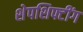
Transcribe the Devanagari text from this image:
शेपशिफ्टींग